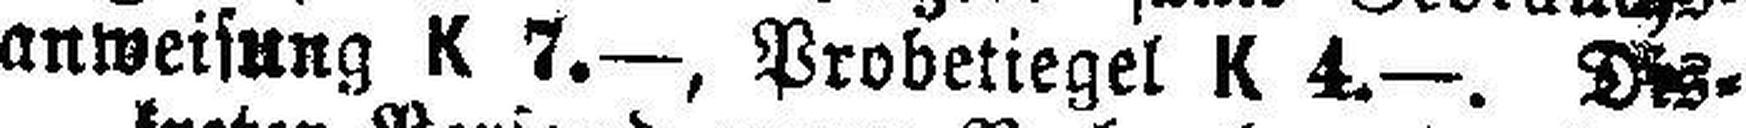
anweisung K 7.—, Probetiegel K 4.—. Des¬